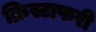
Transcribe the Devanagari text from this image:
क्रिस्टाफरी